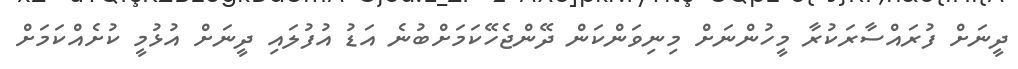
ދީނަށް ފުރައްސާރަކުރާ މީހުންނަށް މިނިވަންކަން ދޭންޖެހޭކަމަށްބުނެ އަޑު އުފުލައި ދީނަށް އުޅުމީ ކުށެއްކަމަށް